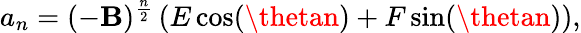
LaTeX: a_{n}=(-\mathbf{B})^{\frac{{n}}{{2}}}\left(E\cos(\thetan)+F\sin(\thetan)\right),